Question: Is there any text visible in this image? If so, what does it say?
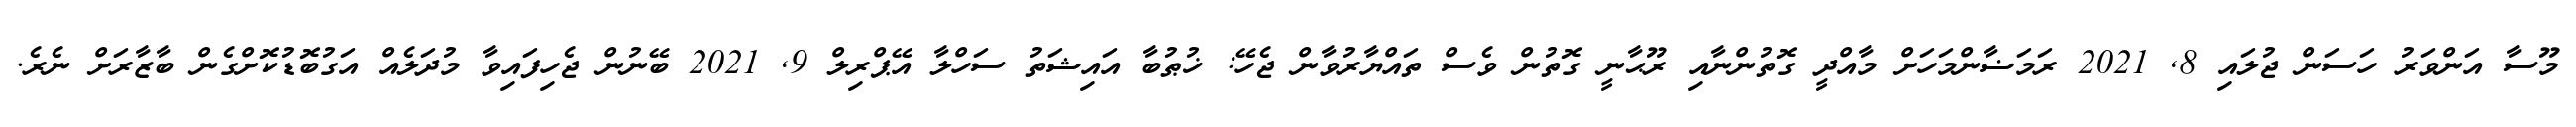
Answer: މޫސާ އަންވަރު ހަސަން ޖުލައި 8, 2021 ރަމަޟާންމަހަށް މާއްދީ ގޮތުންނާއި ރޫޙާނީ ގޮތުން ވެސް ތައްޔާރުވާން ޖެހޭ: ޚުޠުބާ އައިޝަތު ސަހްލާ އޭޕްރިލް 9, 2021 ބޭނުން ޖެހިފައިވާ މުދަލެއް އަގުބޮޑުކޮށްގެން ބާޒާރަށް ނެރެ.